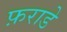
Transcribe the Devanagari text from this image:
फ़राडे